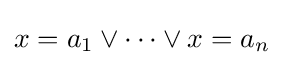
x=a_{1}\vee \dots \vee x=a_{n}